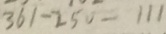
3 6 1 - 2 5 0 = 1 1 1